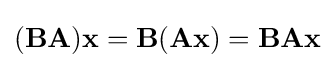
(\mathbf {BA} )\mathbf {x} =\mathbf {B} (\mathbf {Ax} )=\mathbf {BAx}